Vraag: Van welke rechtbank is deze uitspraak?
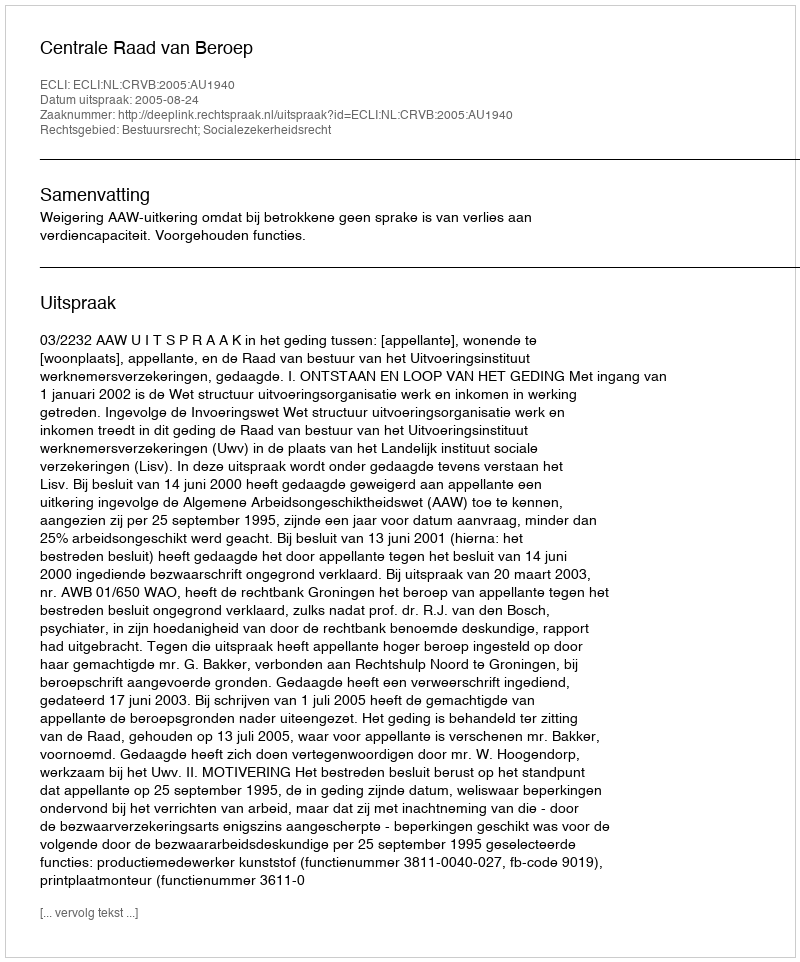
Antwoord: Centrale Raad van Beroep